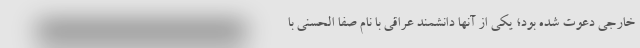
خارجی دعوت شده بود؛ یکی از آنها دانشمند عراقی با نام صفا الحسنی با